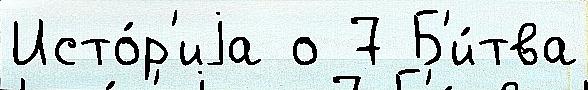
Исто́р'иjа о 7 Б'и́тва